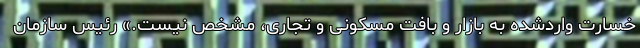
خسارت واردشده به بازار و بافت مسکونی و تجاری، مشخص نیست.» رئیس سازمان